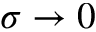
\sigma \to 0